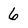
Character: 6